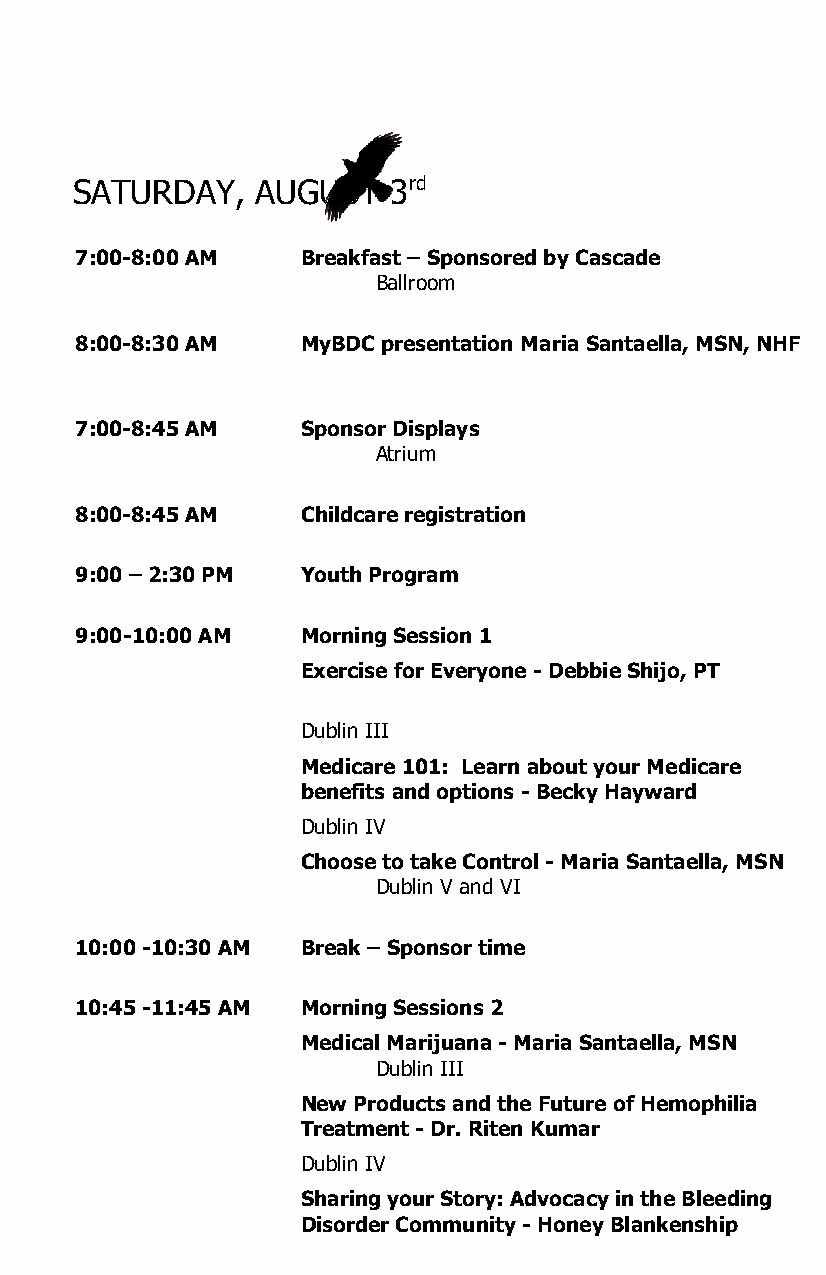
SATURDAY,   AUGUST   3rd
 7:00-8:00 AM   Breakfast – Sponsored by Cascade
 Ballroom
 8:00-8:30 AM   MyBDC presentation Maria Santaella, MSN, NHF
 7:00-8:45 AM   Sponsor Displays
 Atrium
 8:00-8:45 AM   Childcare registration
 9:00 – 2:30 PM Youth Program
 9:00-10:00 AM  Morning Session 1
 Exercise for Everyone - Debbie Shijo, PT
 Dublin III
 Medicare 101: Learn about your Medicare
 benefits and options - Becky Hayward
 Dublin IV
 Choose to take Control - Maria Santaella, MSN
 Dublin V and VI
 10:00 -10:30 AM Break – Sponsor time
 10:45 -11:45 AM Morning Sessions 2
 Medical Marijuana - Maria Santaella, MSN
 Dublin III
 New Products and the Future of Hemophilia
 Treatment - Dr. Riten Kumar
 Dublin IV
 Sharing your Story: Advocacy in the Bleeding
 Disorder Community - Honey Blankenship